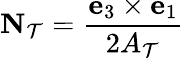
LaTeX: \textbf{N}_{\mathcal{T}}=\frac{\textbf{e}_{3}\times\textbf{e}_{1}}{2A_{\mathcal{T}}}